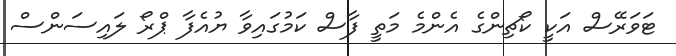
ޓަވަރޭސް އަކީ ކޯޗިންގެ އެންމެ މަތީ ފާސް ކަމުގައިވާ ޔުއެފާ ޕްރޯ ލައިސަންސް